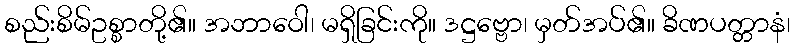
စည်းစိမ်ဥစ္စာတို့၏။ အဘာဝေါ၊ မရှိခြင်းကို။ ဒဋ္ဌဗ္ဗော၊ မှတ်အပ်၏။ ခိဏပတ္တာနံ၊